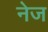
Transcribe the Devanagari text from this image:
नेज